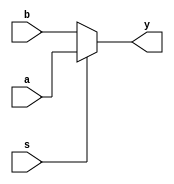
module mux2_16bit(a,b,s,y); ////16bits 2-to-1 MUX
  input [15:0] a, b;
  input s;
  output [15:0] y;
  reg [15:0] y;
  
  always@(a,b,s) begin
    if(s==0) begin
      y=b;
    end
    else begin
      y=a;
    end
  end
  
endmodule